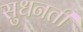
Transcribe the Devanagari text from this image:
सुधनती